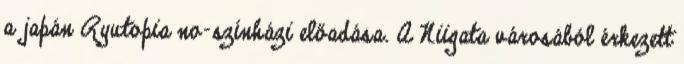
a japán Ryutopia no-színházi előadása. A Niigata városából érkezett